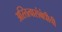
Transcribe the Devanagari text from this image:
अस्तित्वासंबंधीची